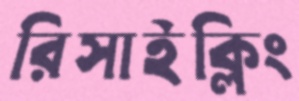
রিসাইক্লিং